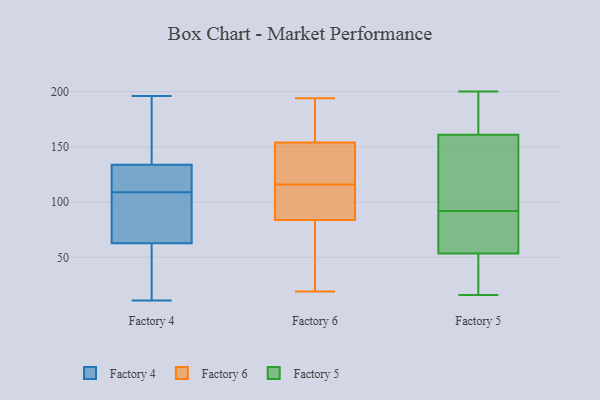
{"axis": {"x": "Latency (ms)", "y": "Value"}, "legend": ["Factory 4", "Factory 5", "Factory 6"], "data": [{"x": "", "y": 163, "type": "Factory 4"}, {"x": "", "y": 11, "type": "Factory 4"}, {"x": "", "y": 124, "type": "Factory 4"}, {"x": "", "y": 62, "type": "Factory 4"}, {"x": "", "y": 123, "type": "Factory 4"}, {"x": "", "y": 63, "type": "Factory 4"}, {"x": "", "y": 15, "type": "Factory 4"}, {"x": "", "y": 174, "type": "Factory 4"}, {"x": "", "y": 111, "type": "Factory 4"}, {"x": "", "y": 196, "type": "Factory 4"}, {"x": "", "y": 166, "type": "Factory 4"}, {"x": "", "y": 79, "type": "Factory 4"}, {"x": "", "y": 66, "type": "Factory 4"}, {"x": "", "y": 64, "type": "Factory 4"}, {"x": "", "y": 109, "type": "Factory 4"}, {"x": "", "y": 37, "type": "Factory 4"}, {"x": "", "y": 111, "type": "Factory 4"}, {"x": "", "y": 193, "type": "Factory 6"}, {"x": "", "y": 81, "type": "Factory 6"}, {"x": "", "y": 65, "type": "Factory 6"}, {"x": "", "y": 104, "type": "Factory 6"}, {"x": "", "y": 101, "type": "Factory 6"}, {"x": "", "y": 194, "type": "Factory 6"}, {"x": "", "y": 145, "type": "Factory 6"}, {"x": "", "y": 22, "type": "Factory 6"}, {"x": "", "y": 116, "type": "Factory 6"}, {"x": "", "y": 157, "type": "Factory 6"}, {"x": "", "y": 169, "type": "Factory 6"}, {"x": "", "y": 122, "type": "Factory 6"}, {"x": "", "y": 83, "type": "Factory 6"}, {"x": "", "y": 137, "type": "Factory 6"}, {"x": "", "y": 86, "type": "Factory 6"}, {"x": "", "y": 141, "type": "Factory 6"}, {"x": "", "y": 115, "type": "Factory 6"}, {"x": "", "y": 181, "type": "Factory 6"}, {"x": "", "y": 19, "type": "Factory 6"}, {"x": "", "y": 107, "type": "Factory 5"}, {"x": "", "y": 52, "type": "Factory 5"}, {"x": "", "y": 73, "type": "Factory 5"}, {"x": "", "y": 45, "type": "Factory 5"}, {"x": "", "y": 128, "type": "Factory 5"}, {"x": "", "y": 200, "type": "Factory 5"}, {"x": "", "y": 55, "type": "Factory 5"}, {"x": "", "y": 77, "type": "Factory 5"}, {"x": "", "y": 158, "type": "Factory 5"}, {"x": "", "y": 16, "type": "Factory 5"}, {"x": "", "y": 147, "type": "Factory 5"}, {"x": "", "y": 61, "type": "Factory 5"}, {"x": "", "y": 19, "type": "Factory 5"}, {"x": "", "y": 164, "type": "Factory 5"}, {"x": "", "y": 165, "type": "Factory 5"}, {"x": "", "y": 164, "type": "Factory 5"}]}